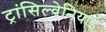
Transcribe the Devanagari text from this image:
ट्रांसिल्वेनियाई